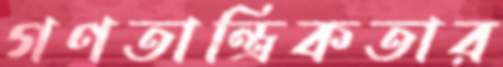
গণতান্ত্রিকতার